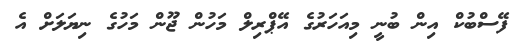
ފޭސްބުކް އިން ބުނީ މިއަހަރުގެ އޭޕްރިލް މަހުން ޖޫން މަހުގެ ނިޔަލަށް އެ